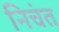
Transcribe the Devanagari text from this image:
निचंत